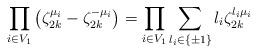
LaTeX: \begin{align*}\prod_{i \in V_1} \left( \zeta_{2k}^{\mu_i} - \zeta_{2k}^{-\mu_i} \right)&= \prod_{i \in V_1} \sum_{l_i \in \{ \pm 1 \} } l_i \zeta_{2k}^{l_i \mu_i}\end{align*}